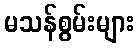
မသန်စွမ်းများ